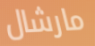
مارشال